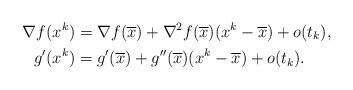
LaTeX: \begin{align*} \nabla f(x^k)&=\nabla f(\overline{x})+\nabla^2f(\overline{x})(x^k-\overline{x})+o(t_k),\\ g'(x^k)&=g'(\overline{x})+g''(\overline{x})(x^k-\overline{x})+o(t_k). \end{align*}